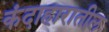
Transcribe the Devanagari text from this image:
कंदाहारातील